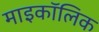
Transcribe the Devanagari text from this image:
माइकॉलिक